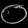
Digit: ၀